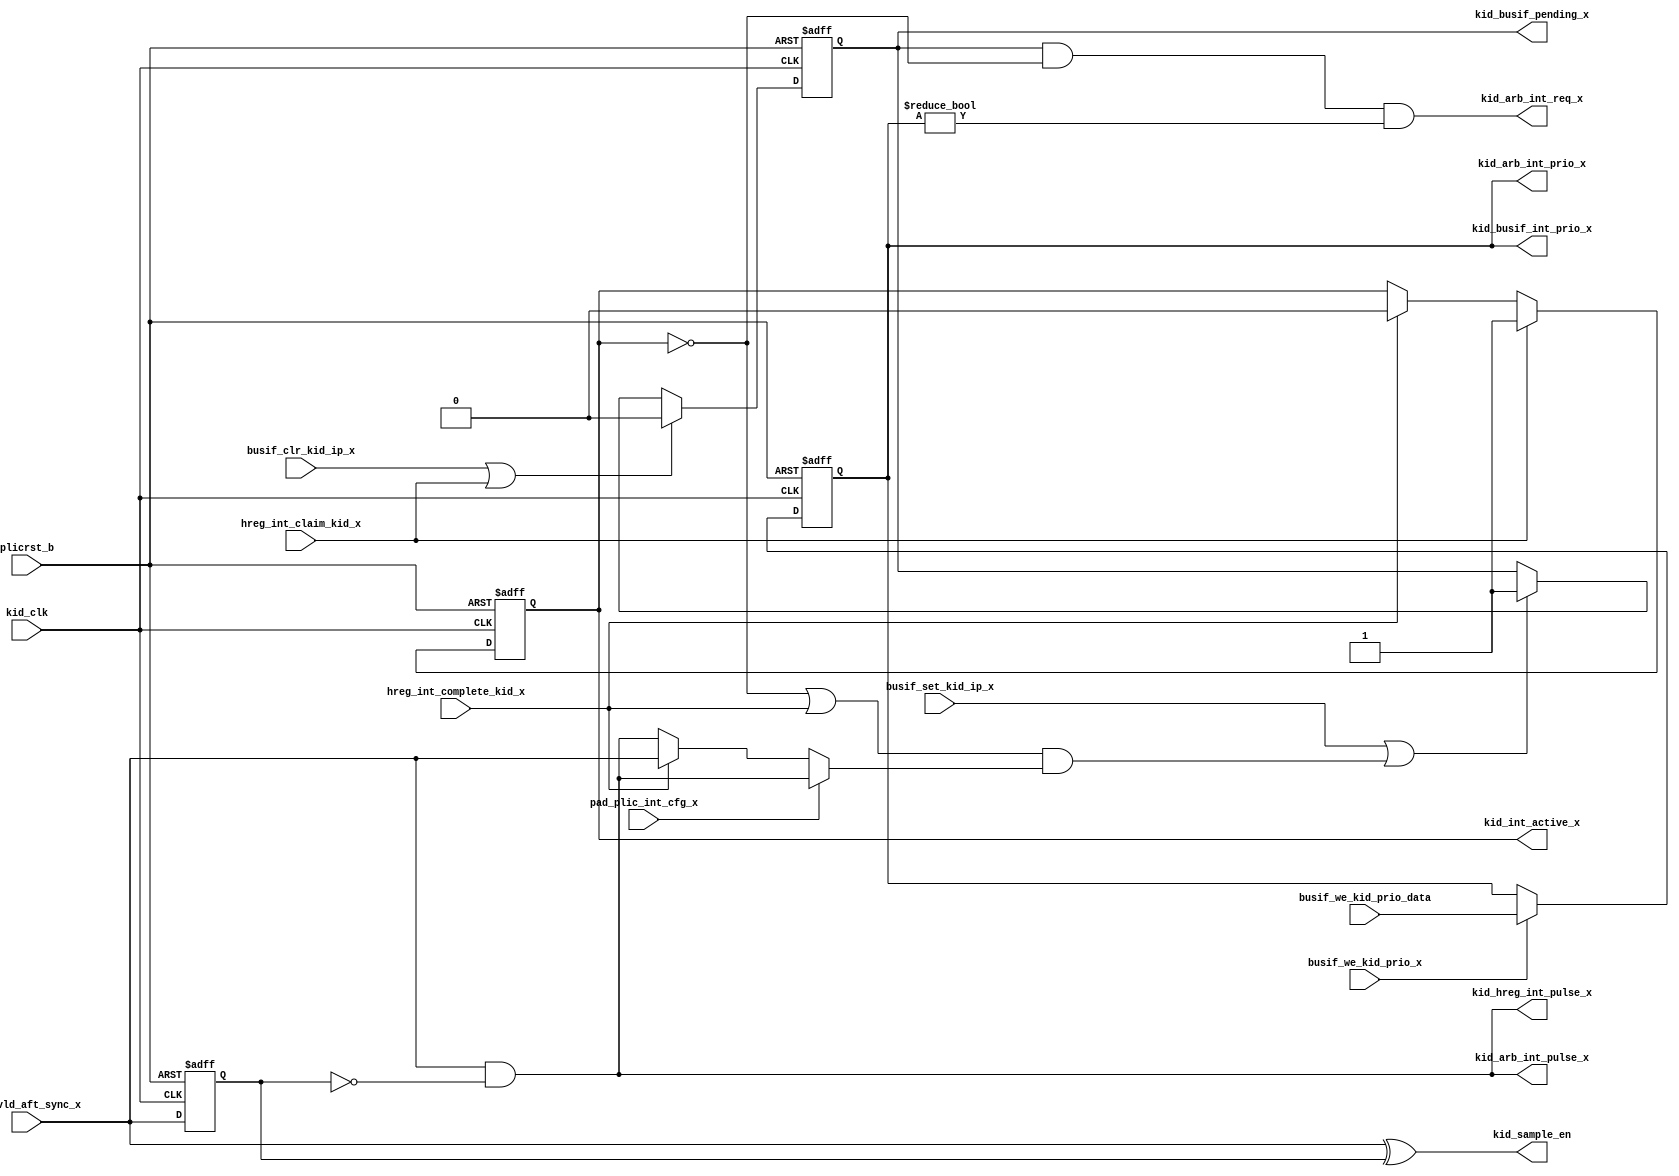
/*Copyright 2019-2021 T-Head Semiconductor Co., Ltd.

Licensed under the Apache License, Version 2.0 (the "License");
you may not use this file except in compliance with the License.
You may obtain a copy of the License at

    http://www.apache.org/licenses/LICENSE-2.0

Unless required by applicable law or agreed to in writing, software
distributed under the License is distributed on an "AS IS" BASIS,
WITHOUT WARRANTIES OR CONDITIONS OF ANY KIND, either express or implied.
See the License for the specific language governing permissions and
limitations under the License.
*/
module plic_int_kid(
  busif_clr_kid_ip_x,
  busif_set_kid_ip_x,
  busif_we_kid_prio_data,
  busif_we_kid_prio_x,
  hreg_int_claim_kid_x,
  hreg_int_complete_kid_x,
  int_vld_aft_sync_x,
  pad_plic_int_cfg_x,
  kid_arb_int_prio_x,
  kid_arb_int_pulse_x,
  kid_arb_int_req_x,
  kid_busif_int_prio_x,
  kid_busif_pending_x,
  kid_clk,
  kid_hreg_int_pulse_x,
  kid_sample_en,
  kid_int_active_x,
  plicrst_b
);

parameter       PRIO_BIT = 5;
// &Ports; @26
input                   busif_clr_kid_ip_x;     
input                   busif_set_kid_ip_x;     
input   [PRIO_BIT-1:0]  busif_we_kid_prio_data; 
input                   busif_we_kid_prio_x;    
input                   hreg_int_claim_kid_x;   
input                   hreg_int_complete_kid_x; 
input                   int_vld_aft_sync_x;     
input                   pad_plic_int_cfg_x;
input                   kid_clk;                
input                   plicrst_b;              
output  [PRIO_BIT-1:0]  kid_arb_int_prio_x;     
output                  kid_arb_int_pulse_x;    
output                  kid_arb_int_req_x;      
output  [PRIO_BIT-1:0]  kid_busif_int_prio_x;   
output                  kid_busif_pending_x;    
output                  kid_hreg_int_pulse_x;   
output                  kid_sample_en;          
output                  kid_int_active_x;          

// &Regs; @27
reg                     int_active;             
reg                     int_pending;            
reg     [PRIO_BIT-1:0]  int_priority;           
reg                     int_vld_ff;             

// &Wires; @28
wire                    busif_clr_kid_ip_x;     
wire                    busif_set_kid_ip_x;     
wire    [PRIO_BIT-1:0]  busif_we_kid_prio_data; 
wire                    busif_we_kid_prio_x;    
wire                    hreg_int_claim_kid_x;   
wire                    hreg_int_complete_kid_x; 
wire                    int_pulse;              
wire                    int_vld;                
wire                    int_vld_aft_sync_x;     
wire    [PRIO_BIT-1:0]  kid_arb_int_prio_x;     
wire                    kid_arb_int_pulse_x;    
wire                    kid_arb_int_req_x;      
wire    [PRIO_BIT-1:0]  kid_busif_int_prio_x;   
wire                    kid_busif_pending_x;    
wire                    kid_clk;                
wire                    kid_hreg_int_pulse_x;   
wire                    kid_sample_en;          
wire                    plicrst_b;              
wire                    int_new_pending;
wire                    int_new_set_pending;
wire                    level_int_pending;


assign int_vld = int_vld_aft_sync_x;

//------------------------------------------------
//   sample the interrupt
//------------------------------------------------

assign kid_sample_en = int_vld ^ int_vld_ff;

always@(posedge kid_clk or negedge plicrst_b)
begin
  if(!plicrst_b)
    int_vld_ff <= 1'b0;
  else 
    int_vld_ff <= int_vld;
end

assign int_pulse           = int_vld && !int_vld_ff;
assign int_new_pending     = pad_plic_int_cfg_x ? int_pulse 
                                                : level_int_pending;
assign level_int_pending   = hreg_int_complete_kid_x ? int_vld : int_pulse;
assign int_new_set_pending = (!int_active || hreg_int_complete_kid_x)
                             && int_new_pending;
//------------------------------------------------
// PENDING register
//------------------------------------------------

always @(posedge kid_clk or negedge plicrst_b)
begin
  if(!plicrst_b)
    int_pending <= 1'b0;
  else if(busif_clr_kid_ip_x || hreg_int_claim_kid_x)
    int_pending <= 1'b0;
  else if(busif_set_kid_ip_x || int_new_set_pending)
    int_pending <= 1'b1;
end


//------------------------------------------------
// PRIORITY register
//------------------------------------------------
always@(posedge kid_clk or negedge plicrst_b)
begin
  if(!plicrst_b)
    int_priority[PRIO_BIT-1:0] <= {PRIO_BIT{1'b0}};
  else if(busif_we_kid_prio_x)
    int_priority[PRIO_BIT-1:0] <= busif_we_kid_prio_data[PRIO_BIT-1:0];
end

//===========================================================
//     interrupt active register
//     using this to mask-off the pending
//===========================================================
always @(posedge kid_clk or negedge plicrst_b)
begin
  if(!plicrst_b)
    int_active  <= 1'b0;
  else if(hreg_int_claim_kid_x) 
    int_active  <= 1'b1;
  else if(hreg_int_complete_kid_x)
    int_active  <= 1'b0;
end

assign kid_arb_int_pulse_x                = int_pulse;
assign kid_arb_int_req_x                  = int_pending 
                                            && !int_active 
                                            && (int_priority[PRIO_BIT-1:0] != {PRIO_BIT{1'b0}});
assign kid_arb_int_prio_x[PRIO_BIT-1:0]   = int_priority[PRIO_BIT-1:0];
assign kid_hreg_int_pulse_x               = int_pulse;
assign kid_busif_int_prio_x[PRIO_BIT-1:0] = int_priority[PRIO_BIT-1:0];
assign kid_busif_pending_x                = int_pending;

//for func coverage
assign kid_int_active_x			  = int_active;
// &ModuleEnd; @96
endmodule